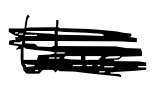
Text: the
Cross-out: scratch
Writing tool: digital_black